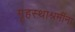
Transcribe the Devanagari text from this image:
गृहस्थाश्रमींना